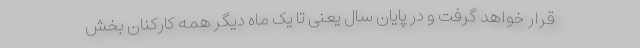
قرار خواهد گرفت و در پایان سال یعنی تا یک ماه دیگر همه کارکنان بخش